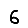
Digit: 6